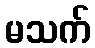
မသက်